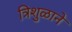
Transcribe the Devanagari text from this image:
त्रिशुळाने